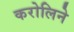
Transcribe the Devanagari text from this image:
करोलिने